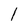
Character: l